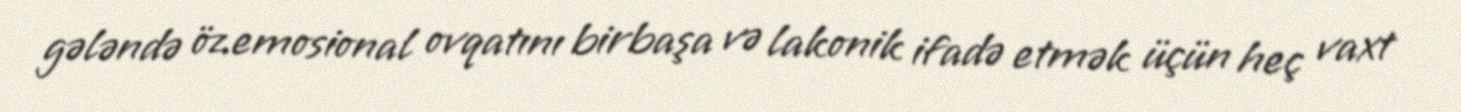
gələndə öz emosional ovqatını birbaşa və lakonik ifadə etmək üçün heç vaxt